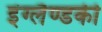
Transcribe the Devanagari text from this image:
इंग्लैण्डकी